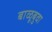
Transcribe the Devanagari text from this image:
बाळूबुवा